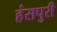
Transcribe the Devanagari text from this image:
हंसपुरी